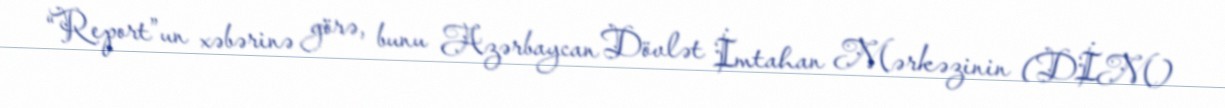
“Report”un xəbərinə görə, bunu Azərbaycan Dövlət İmtahan Mərkəzinin (DİM)